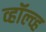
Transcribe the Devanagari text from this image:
व्हॉल्व्ह